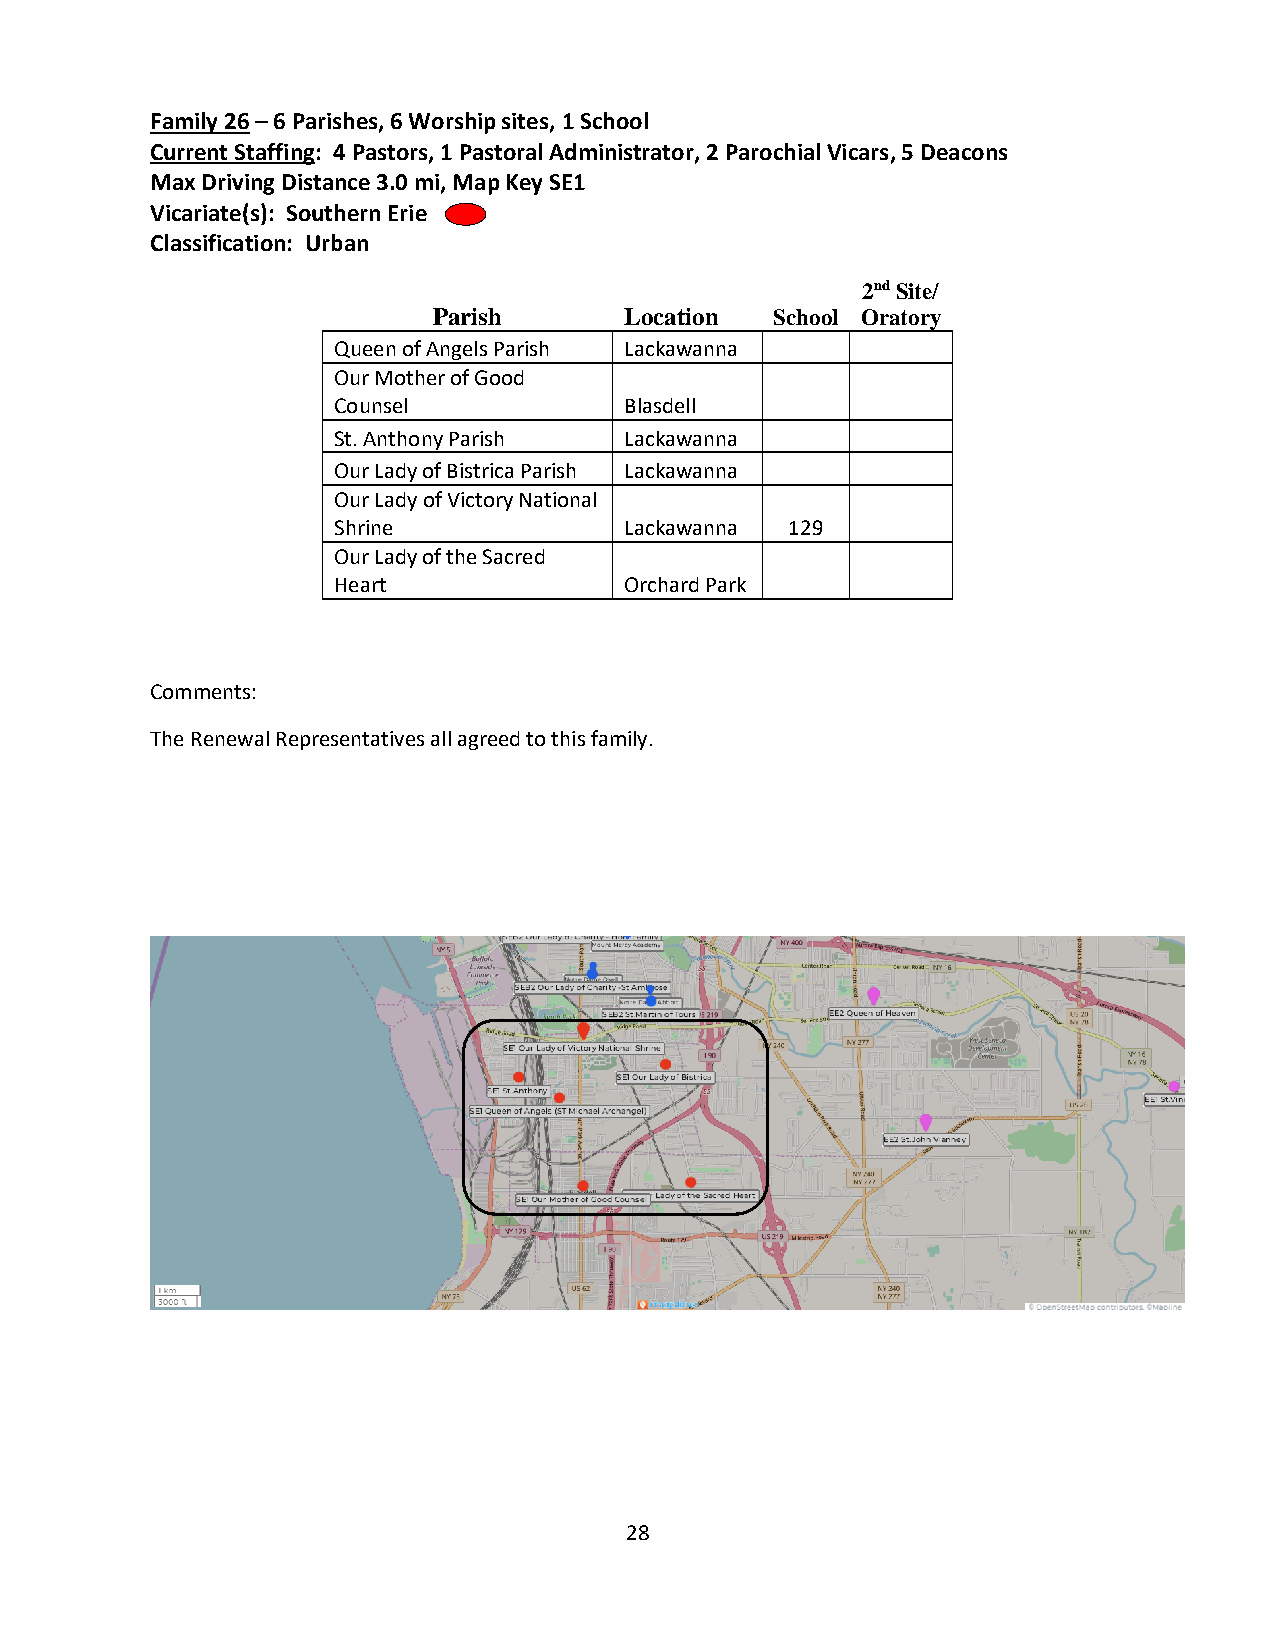
Family 26 – 6 Parishes, 6 Worship sites, 1 School
 Current Staffing: 4 Pastors, 1 Pastoral Administrator, 2 Parochial Vicars, 5 Deacons
 Max Driving Distance 3.0 mi, Map Key SE1
 Vicariate(s): Southern Erie
 Classification: Urban
 2nd Site/
 Parish      Location  School Oratory
 Queen of Angels Parish Lackawanna
 Our Mother of Good
 Counsel            Blasdell
 St. Anthony Parish Lackawanna
 Our Lady of Bistrica Parish Lackawanna
 Our Lady of Victory National
 Shrine             Lackawanna 129
 Our Lady of the Sacred
 Heart              Orchard Park
 Comments:
 The Renewal Representatives all agreed to this family.
 28